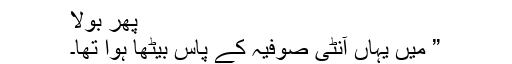
پھر بولا
” میں یہاں آنٹی صوفیہ کے پاس بیٹھا ہوا تھا۔